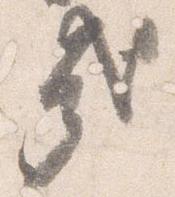
哉